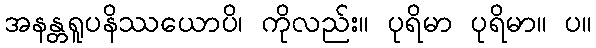
အနန္တရူပနိဿယောပိ၊ ကိုလည်း။ ပုရိမာ ပုရိမာ။ ပ။